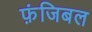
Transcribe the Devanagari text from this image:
फ़ंजिबल